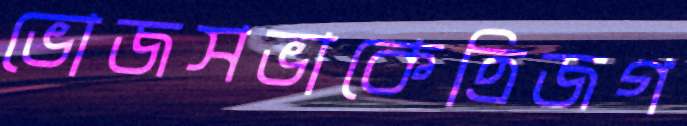
ভোজসভাকেত্রিজগ